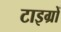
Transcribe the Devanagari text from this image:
टाइग्रों